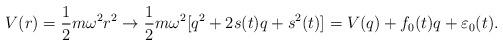
LaTeX: \begin{align*}V(r) = \frac{1}{2} m \omega^2 r^2 \rightarrow \frac{1}{2} m \omega^2 [ q^2 + 2 s(t) q + s^2(t) ] = V(q) + f_0 (t) q + \varepsilon_0 (t).\end{align*}